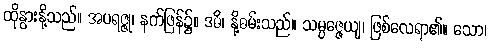
ထိုနွားနို့သည်။ အပရဇ္ဇု၊ နက်ဖြန်၌။ ဒဓိ၊ နို့ဓမ်းသည်။ သမ္ပဇ္ဇေယျ၊ ဖြစ်လေရာ၏။ သော၊